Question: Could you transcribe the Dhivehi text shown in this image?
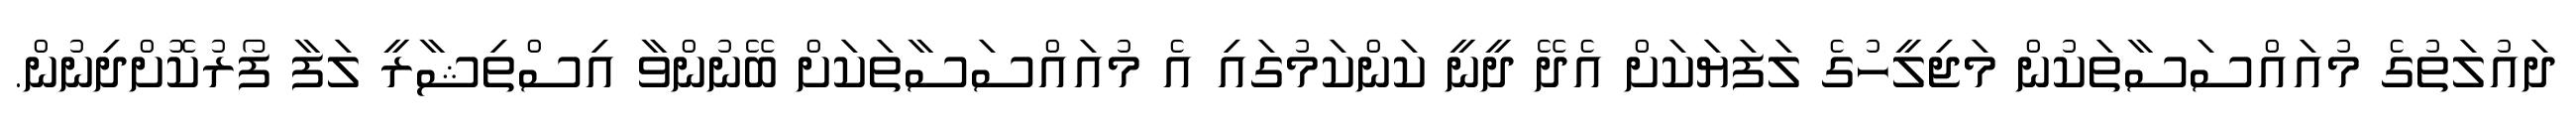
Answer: ދައުލަތުގެ މުއައްސަސާތަކުން މަޖިލީހުގެ ލަފަޔަކަށް އެދޭ ދީނީ ކަންކަމުގައި އެ މުއައްސަސާތަކަށް ބޭނުންވާ އިސްތިޝާރީ ލަފާ ފޯރުކޮށްދިނުން.